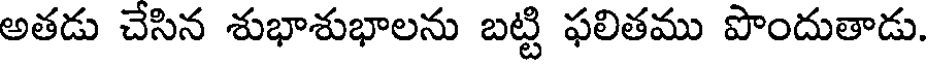
అతడు చేసిన శుభాశుభాలను బట్టి ఫలితము పొందుతాడు.